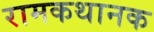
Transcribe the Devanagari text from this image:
रामकथानक